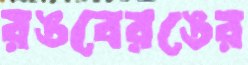
রঙবেরঙের